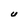
Character: U